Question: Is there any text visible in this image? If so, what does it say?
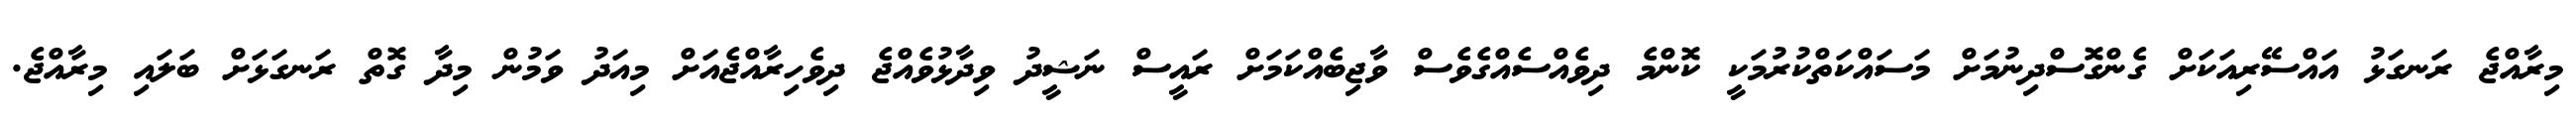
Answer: މިރާއްޖެ ރަނގަޅު އައްސޭރިއަކަށް ގެންގޮސްދިނުމަށް މަސައްކަތްކުރުމަކީ ކޮންމެ ދިވެއްސެއްގެވެސް ވާޖިބެއްކަމަށް ރައީސް ނަޝީދު ވިދާޅުވެއްޖެ ދިވެހިރާއްޖެއަށް މިއަދު ވަމުން މިދާ ގޮތް ރަނގަޅަށް ބަލައި މިރާއްޖެ.